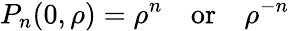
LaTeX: P_{n}(0,\rho)=\rho^{n}\, \, \, \, \, \, \mathrm{or}\, \, \, \, \, \, \rho^{-n}